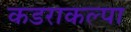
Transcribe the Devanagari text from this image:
कडराकल्पा